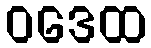
ဝဒေထ